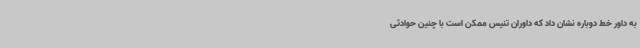
به داور خط دوباره نشان داد که داوران تنیس ممکن است با چنین حوادثی